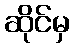
ဆိုင်မှ